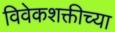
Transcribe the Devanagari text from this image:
विवेकशक्तीच्या